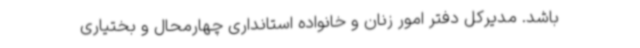
باشد. مدیرکل دفتر امور زنان و خانواده استانداری چهارمحال و بختیاری